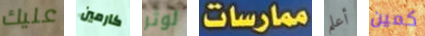
عليك كارمين لوثر ممارسات أعلم كمين